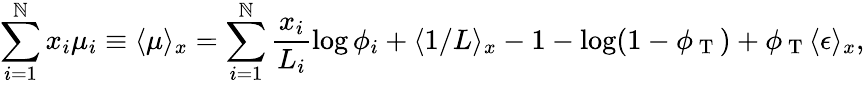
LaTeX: \sum_{i=1}^{\mathbb{N}}x_{i}\mu_{i}\equiv\langle\mu\rangle_{x}=\sum_{i=1}^{\mathbb{N}}\frac{{x_{i}}}{{L_{i}}}\log\phi_{i}+\langle1/L\rangle_{x}-1-\log(1-\phi_{\mathrm{{~T~}}})+\phi_{\mathrm{{~T~}}}\langle\epsilon\rangle_{x},